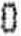
0